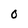
Character: O